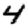
Digit: 4